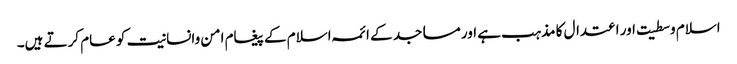
اسلام وسطیت اور اعتدال کا مذہب ہے اور مساجد کے ائمہ اسلام کے پیغام امن وانسانیت کو عام کرتے ہیں۔